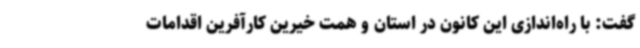
گفت: با راه‌اندازی این کانون در استان و همت خیرین کارآفرین اقدامات